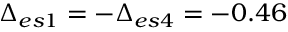
\Delta _ { e s 1 } = - \Delta _ { e s 4 } = - 0 . 4 6